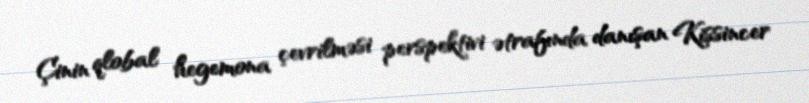
Çinin qlobal hegemona çevrilməsi perspektivi ətrafında danışan Kissincer